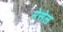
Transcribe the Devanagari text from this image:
मेसेल